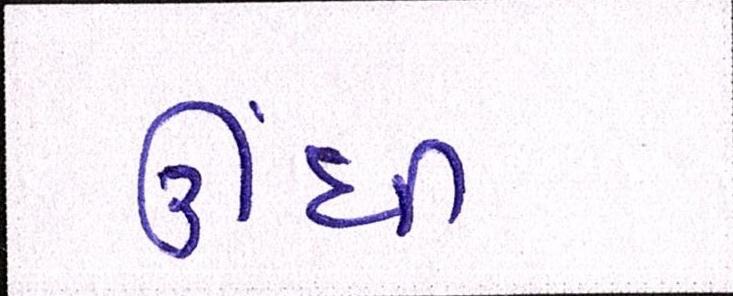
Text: ઊંધી